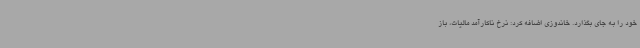
خود را به جای بگذارد. خاندوزی اضافه کرد: نرخ ناکارآمد مالیات، باز